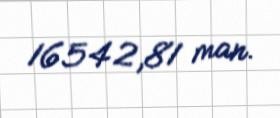
16542,81 man.